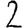
Digit: 2